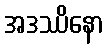
အဒဿိနော